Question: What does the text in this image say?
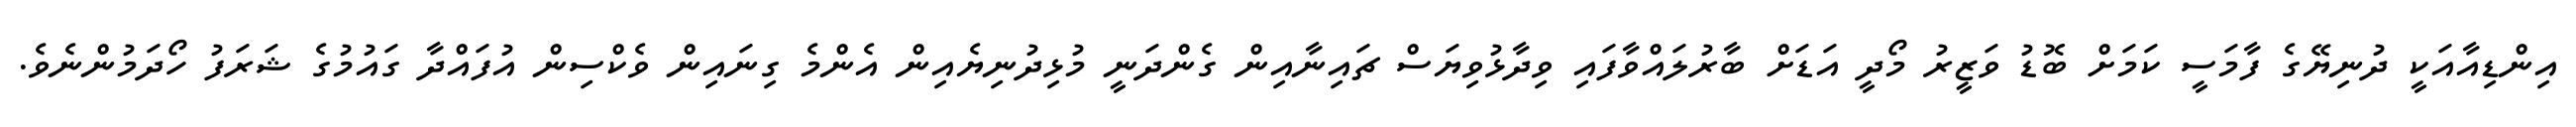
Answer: އިންޑިއާއަކީ ދުނިޔޭގެ ފާމަސީ ކަމަށް ބޮޑު ވަޒީރު މޯދީ އަޑަށް ބާރުލައްވާފައި ވިދާޅުވިޔަސް ޗައިނާއިން ގެންދަނީ މުޅިދުނިޔެއިން އެންމެ ގިނައިން ވެކްސިން އުފައްދާ ގައުމުގެ ޝަރަފު ހޯދަމުންނެވެ.